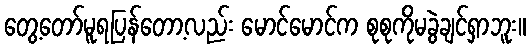
တွေ့တော်မူရပြန်တော့လည်း မောင်မောင်က စုစုကိုမခွဲချင်ရှာဘူး။